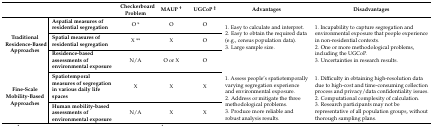
<table><thead><tr><td colspan="2"></td><td><b>Checkerboard Problem</b></td><td><b>MAUP <sup>†</sup></b></td><td><b>UGCoP <sup>‡</sup></b></td><td><b>Advantages</b></td><td><b>Disadvantages</b></td></tr></thead><tbody><tr><td rowspan="3"><b>Traditional Residence-Based Approaches</b></td><td><b>Aspatial measures of residential segregation</b></td><td>O *</td><td>O</td><td>O</td><td rowspan="3">1. Easy to calculate and interpret. 2. Easy to obtain the required data (e.g., census population data). 3. Large sample size.</td><td rowspan="3">1. Incapability to capture segregation and environmental exposure that people experience in non-residential contexts. 2. One or more methodological problems, including the UGCoP. 3. Uncertainties in research results.</td></tr><tr><td><b>Spatial measures of residential segregation</b></td><td>X **</td><td>X</td><td>O</td></tr><tr><td><b>Residence-based assessments of environmental exposure</b></td><td>N/A</td><td>O or X</td><td>O</td></tr><tr><td rowspan="2"><b>Fine-Scale Mobility-Based Approaches</b></td><td><b>Spatiotemporal measures of segregation in various daily life spaces</b></td><td>X</td><td>X</td><td>X</td><td rowspan="2">1. Assess people’s spatiotemporally varying segregation experience and environmental exposure. 2. Address or mitigate the three methodological problems. 3. Produce more reliable and robust analysis results.</td><td rowspan="2">1. Difficulty in obtaining high-resolution data due to high-cost and time-consuming collection process and privacy/data confidentiality issues. 2. Computational complexity of calculation. 3. Research participants may not be representative of all population groups, without thorough sampling plans.</td></tr><tr><td><b>Human mobility-based assessments of environmental exposure</b></td><td>N/A</td><td>X</td><td>X</td></tr></tbody></table>